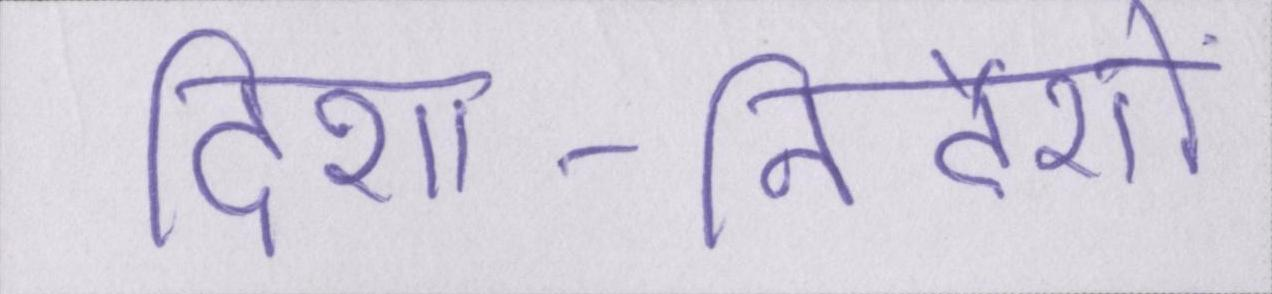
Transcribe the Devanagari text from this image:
दिशा-निर्देशों